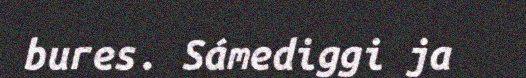
bures. Sámediggi ja